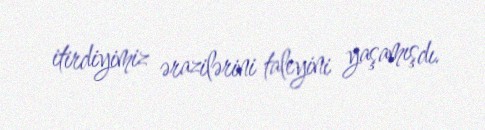
itirdiyimiz ərazilərini taleyini yaşamışdı.